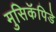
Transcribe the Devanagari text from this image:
मुसिकॅपिडे